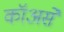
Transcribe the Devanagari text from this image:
कॉअसे